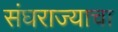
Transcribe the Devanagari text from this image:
संघराज्याचा